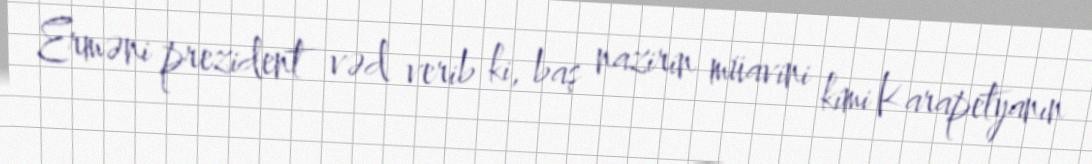
Erməni prezident vəd verib ki, baş nazirin müavini kimi Karapetyanın